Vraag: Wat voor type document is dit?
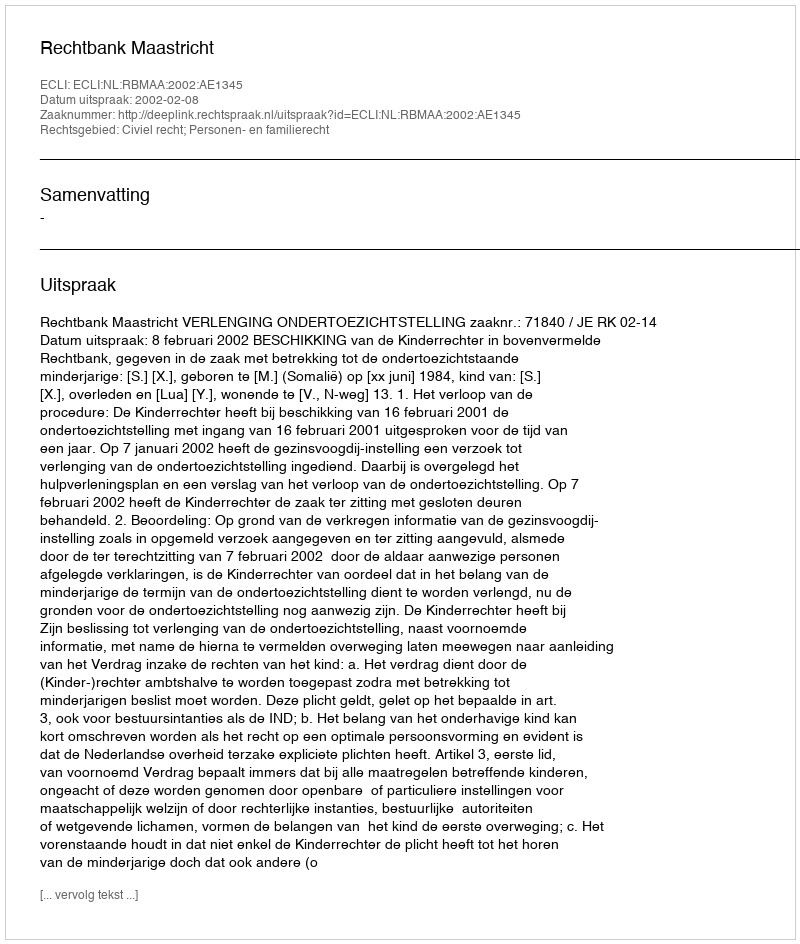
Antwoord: Uitspraak